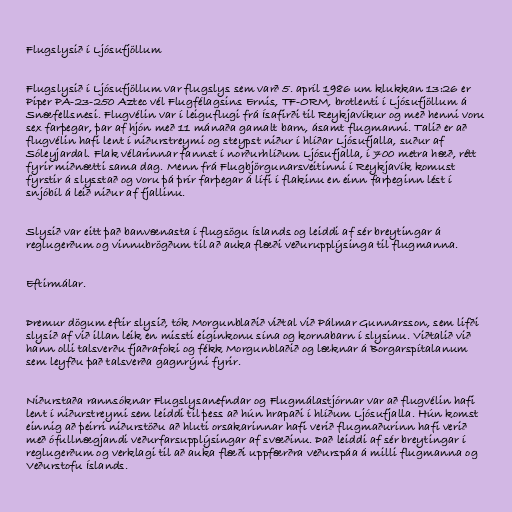
Flugslysið í Ljósufjöllum

Flugslysið í Ljósufjöllum var flugslys sem varð 5. apríl 1986 um klukkan 13:26 er
Piper PA-23-250 Aztec vél Flugfélagsins Ernis, TF-ORM, brotlenti í Ljósufjöllum á
Snæfellsnesi. Flugvélin var í leiguflugi frá Ísafirði til Reykjavíkur og með henni voru
sex farþegar, þar af hjón með 11 mánaða gamalt barn, ásamt flugmanni. Talið er að
flugvélin hafi lent í niðurstreymi og steypst niður í hlíðar Ljósufjalla, suður af
Sóleyjardal. Flak vélarinnar fannst í norðurhlíðum Ljósufjalla, í 700 metra hæð, rétt
fyrir miðnætti sama dag. Menn frá Flugbjörgunarsveitinni í Reykjavík komust
fyrstir á slysstað og voru þá þrír farþegar á lífi í flakinu en einn farþeginn lést í
snjóbíl á leið niður af fjallinu.

Slysið var eitt það banvænasta í flugsögu Íslands og leiddi af sér breytingar á
reglugerðum og vinnubrögðum til að auka flæði veðurupplýsinga til flugmanna.

Eftirmálar.

Þremur dögum eftir slysið, tók Morgunblaðið viðtal við Pálmar Gunnarsson, sem lifði
slysið af við illan leik en missti eiginkonu sína og kornabarn í slysinu. Viðtalið við
hann olli talsverðu fjaðrafoki og fékk Morgunblaðið og læknar á Borgarspítalanum
sem leyfðu það talsverða gagnrýni fyrir.

Niðurstaða rannsóknar Flugslysanefndar og Flugmálastjórnar var að flugvélin hafi
lent í niðurstreymi sem leiddi til þess að hún hrapaði í hlíðum Ljósufjalla. Hún komst
einnig að þeirri niðurstöðu að hluti orsakarinnar hafi verið flugmaðurinn hafi verið
með ófullnægjandi veðurfarsupplýsingar af svæðinu. Það leiddi af sér breytingar í
reglugerðum og verklagi til að auka flæði uppfærðra veðurspáa á milli flugmanna og
Veðurstofu Íslands.